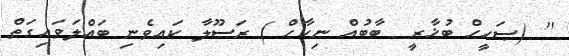
'' (ޞަޙީޙް ބުޚާރީ  ބާބުއް ނިކާޙް ) ރަސޫލާ ކައިވެނި ބައްލަވައިގަތް